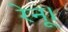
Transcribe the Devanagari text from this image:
रेनू।